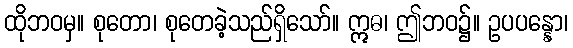
ထိုဘဝမှ။ စုတော၊ စုတေခဲ့သည်ရှိသော်။ ဣဓ၊ ဤဘဝ၌။ ဥပပန္နော၊